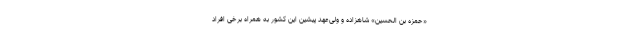
«حمزه بن الحسین» شاهزاده و ولی‌عهد پیشین این کشور به همراه برخی افراد